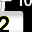
Digit: 2